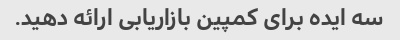
سه ایده برای کمپین بازاریابی ارائه دهید.